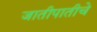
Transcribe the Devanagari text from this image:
जातीपातीचे